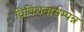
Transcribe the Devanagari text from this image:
विविधतासम्पन्न